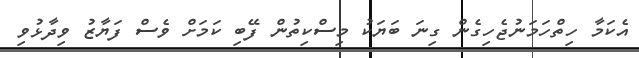
އެކަމާ ހިތްހަމަނުޖެހިގެން ގިނަ ބަޔަކު މިސްކިތުން ފޭބި ކަމަށް ވެސް ފަޔާޒު ވިދާޅުވި